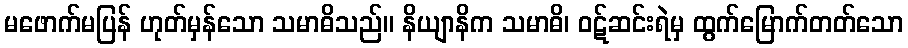
မဖောက်မပြန် ဟုတ်မှန်သော သမာဓိသည်။ နိယျာနိက သမာဓိ၊ ဝဋ်ဆင်းရဲမှ ထွက်မြောက်တတ်သော